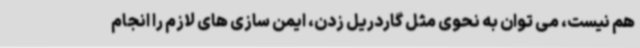
هم نیست، می توان به نحوی مثل گاردریل زدن، ایمن سازی های لازم را انجام